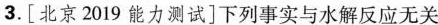
3.[北京2019能力测试]下列事实与水解反应无关